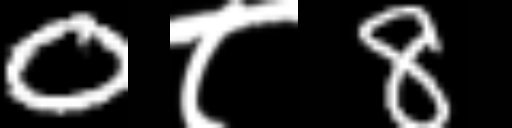
Text: 0८8